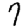
Digit: 7